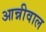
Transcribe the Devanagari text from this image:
आन्नीवाल